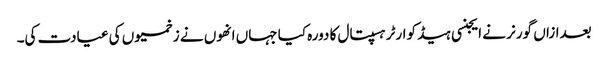
بعدازاں گورنر نے ایجنسی ہیڈ کوارٹر ہسپتال کا دورہ کیا جہاں انھوں نے زخمیوں کی عیادت کی۔